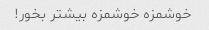
خوشمزه خوشمزه بیشتر بخور!